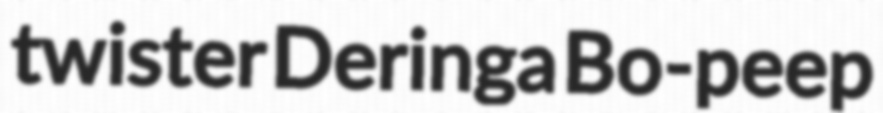
twister Deringa Bo-peep